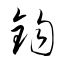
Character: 鈞